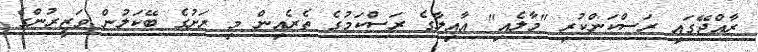
ރާއްޖޭގައި ރަސްކަންކުރި "މާލެއި" އާއިލާގެ ރަސްކަމުގެ ތެރެއިން މި ރަށުގެ ބޭކަލުން ވަޒީރުންގެ